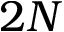
2 N